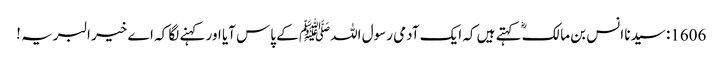
1606: سیدنا انس بن مالکؓ کہتے ہیں کہ ایک آدمی رسول اللہﷺ کے پاس آیا اور کہنے لگا کہ اے خیر البریہ !